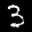
Label: 3